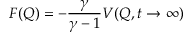
F ( Q ) = - \frac { \gamma } { \gamma - 1 } V ( Q , t \rightarrow \infty )